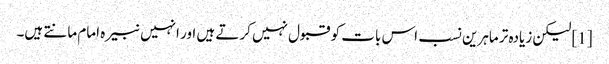
[1] لیکن زیادہ تر ماہرین نسب اس بات کو قبول نہیں کرتے ہیں اور انہیں نبیرہ امام مانتے ہیں۔